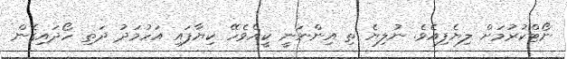
ނޯޓްކުރުމަށް ލިޔެފިއެވެ. ނުލިޔެ ތި އިންނަނީ ކީއްވެހޭ ކިޔާފައި އަހުމަދު ދަތި ހޯދައިގެން